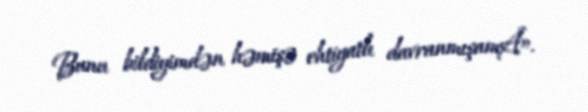
Bunu bildiyimdən həmişə ehtiyatlı davranmışamÂ».